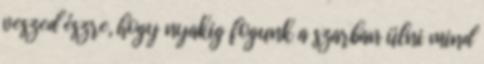
veszed észre, hogy nyakig fogunk a szarban ülni mind